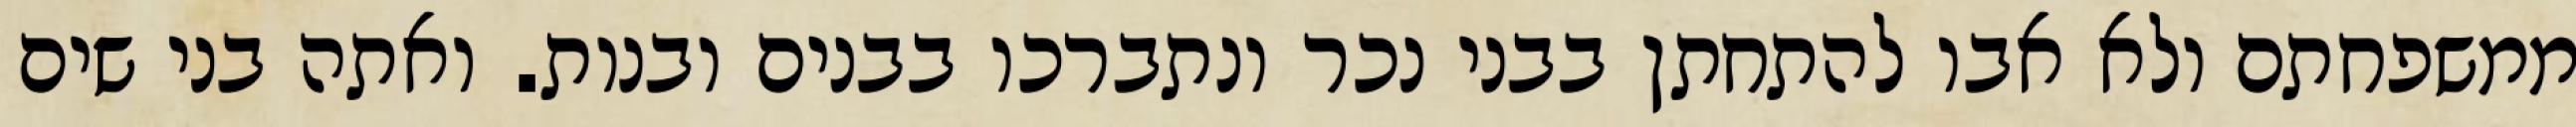
ממשפחתם ולא אבו להתחתן בבני נכר ונתברכו בבנים ובנות. ואתה בני שים